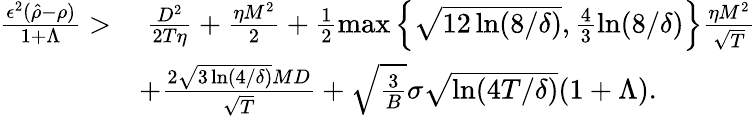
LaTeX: \begin{array}{rl}{\frac{\epsilon^{2}(\hat{\rho}-\rho)}{1+\Lambda}>}&{~\frac{D^{2}}{2T\eta}+\frac{\eta M^{2}}{2}+\frac{1}{2}\operatorname*{max}\left\{ \sqrt{12\ln(8/\delta)},\frac{4}{3}\ln(8/\delta)\right\} \frac{\eta M^{2}}{\sqrt{T}}}\\ &{+\frac{2\sqrt{3\ln(4/\delta)}MD}{\sqrt{T}}+\sqrt{\frac{3}{B}}\sigma\sqrt{\ln(4T/\delta)}(1+\Lambda).}\end{array}